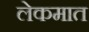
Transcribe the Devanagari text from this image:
लेकमात